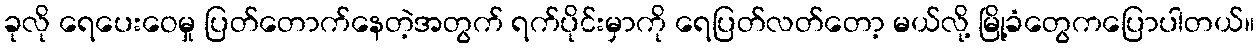
ခုလို ရေပေးဝေမှု ပြတ်တောက်နေတဲ့အတွက် ရက်ပိုင်းမှာကို ရေပြတ်လတ်တော့ မယ်လို့ မြို့ခံတွေကပြောပါတယ်။